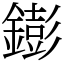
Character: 𨭌